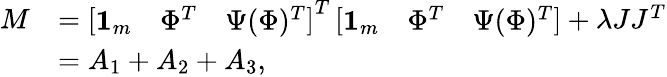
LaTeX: \begin{array}{rl}{M}&{=\left[\begin{array}{lll}{{\mathbf 1}_{m}}&{\Phi^{T}}&{\Psi(\Phi)^{T}}\end{array}\right]^{T}\left[\begin{array}{lll}{{\mathbf 1}_{m}}&{\Phi^{T}}&{\Psi(\Phi)^{T}}\end{array}\right]+\lambda JJ^{T}}\\ &{=A_{1}+A_{2}+A_{3},}\end{array}